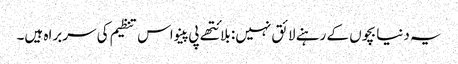
یہ دنیا بچوں کے رہنے لائق نہیں: بلائتھے پی پینو اس تنظیم کی سربراہ ہیں۔